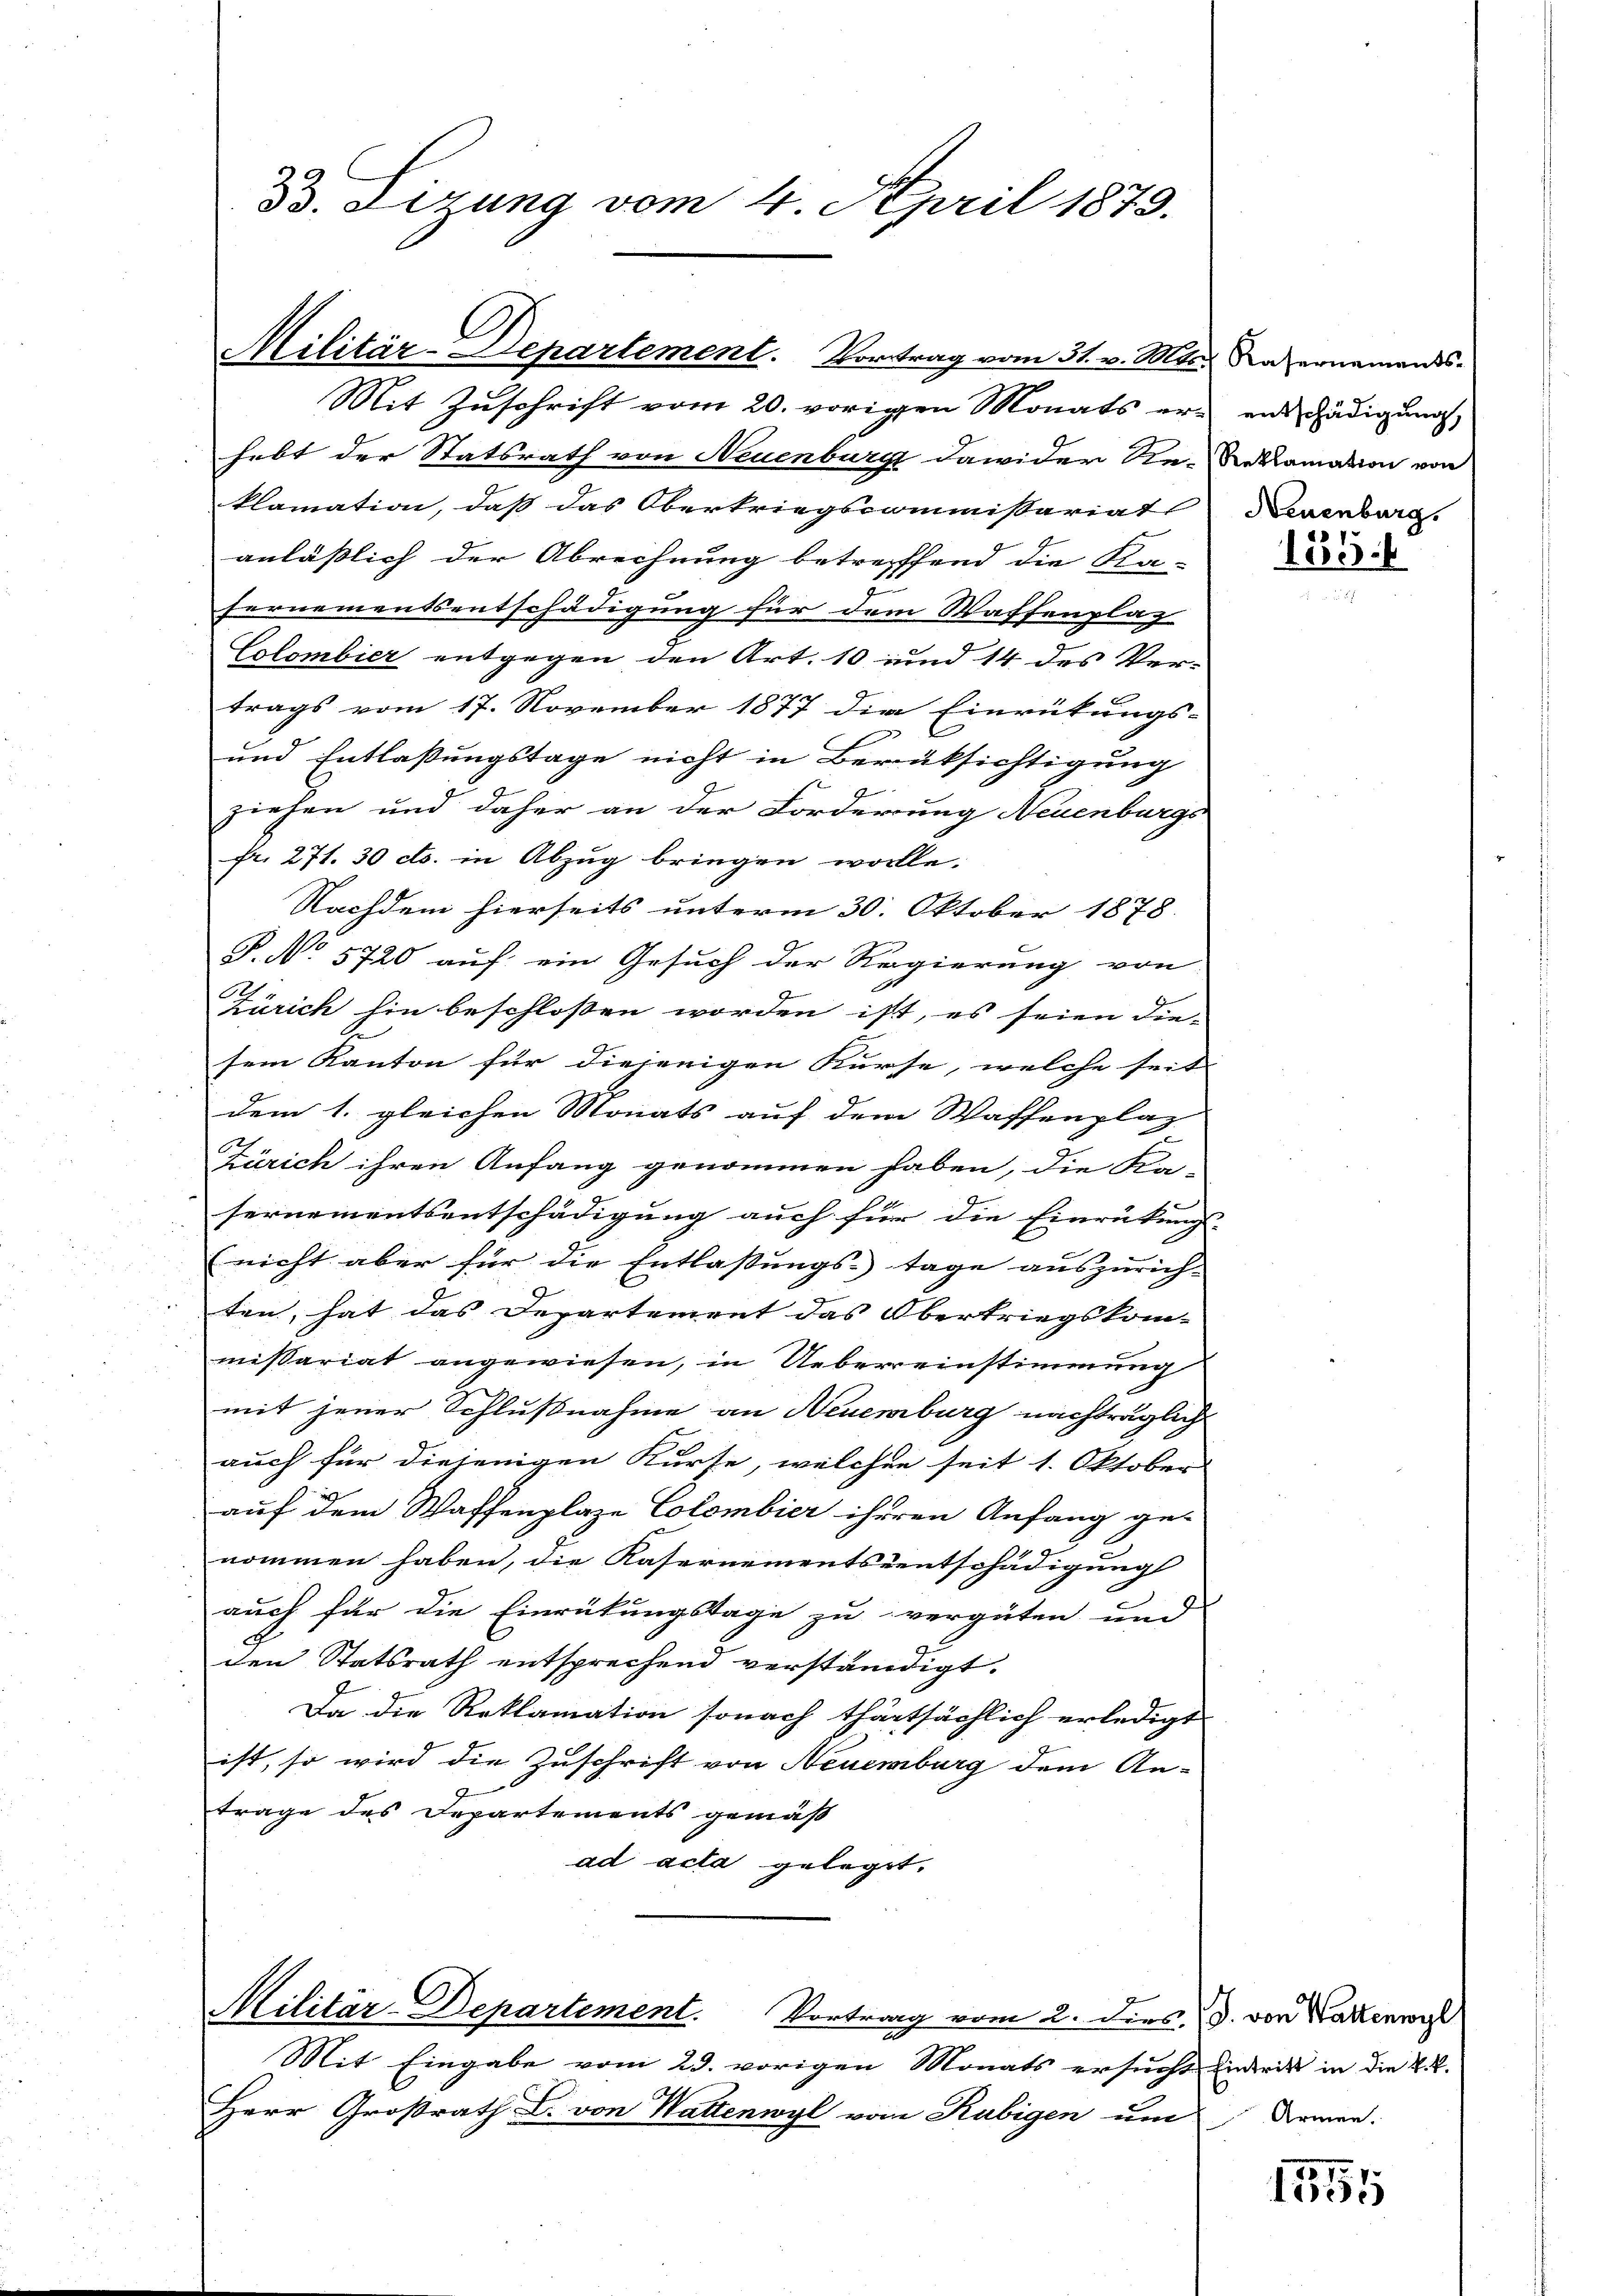
33. Lizung vom 4. April 1873.

Militär-Departement. Vortrag vom 31. v. Mts.
Mit Zuschrift vom 20. vorigen Monats ernenschädigung,

g
Militär-Departement. Vortrag vom 2. dies, d. von Wartenwyl
Mit Eingabe vom 23. vorigen Monats ersucht indrik in die k.k.

hebt der Statsrath von Neuenburg dawider Re-Reklamation von
klamation, daß das Oberkriegscommissariat
anläßlich der Abrechnung betreffend die Sta-
Fernementsentschädigung für dem Waffenplag
Colombier entgegen den Art. 10 und 14 des Ver-
trags vom 17. November 1877 die Einrückungs-
s
und Entlaßungstage nicht in Berüksichtigung
7
ziehen und daher an der Forderung Neuenburgs
fr. 271. 30 cts. in Abzug bringen wolle.
Nachdem hierseits unterm 30. Oktober 1878.
P. No 5720 auf ein Gesuch der Regierung von
J
Zürich hin beschloßen worden ist, es seien die-
sem Kanton für diejenigen Kurse, welche seit
dem 1. gleichen Monats auf dem Waffenplatz
Zürich ihren Anfang genommen haben, die Ka-
sernementsentschädigung auch für die Einrückung |
(nicht aber für die Entlastungs-Tage auszurich-
ten, hat das Departement das Obertriegskom- |
missariat angewiesen, in Uebereinstimmung
mit jener Schlußnahme an Neuenburg nachträglich
auch für diejenigen Kurse, welcher seit 1. Oktober
auf dem Waffenplaze Colombier ihreren Anfang ges
nommen haben, die Kasernementseentschädigung
auch für die Einrückungstage zu vergüten und
c
den Statsrath entsprechend verständigt.
Da die Reklamation sonach thatsächlich erledigt
ist, so wird die Zuschrift von Neuenburg dem An-
trage des Departements gemäß
ad acta gelegt.

Herr Großrath C. von Wattenwyl vom Rubigen um Armen.

Kasernements-
Neuenburg.

155.

1555